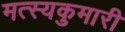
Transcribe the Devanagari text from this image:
मत्स्यकुमारी